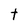
Character: t